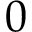
0